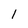
Character: l